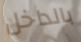
بالداخل